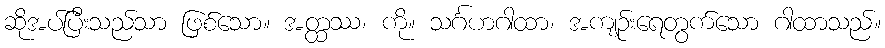
ဆိုအပ်ပြီးသည်သာ ဖြစ်သော။ အတ္ထဿ၊ ကို။ သင်္ဂဟဂါထာ၊ အကျဉ်းရေတွက်သော ဂါထာသည်။